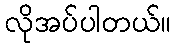
လိုအပ်ပါတယ်။